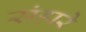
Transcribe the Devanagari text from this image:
संहारे